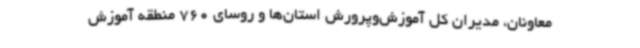
معاونان، مدیران کل آموزش‌وپرورش استان‌ها و روسای 760 منطقه آموزش‌